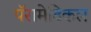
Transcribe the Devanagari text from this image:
पॅरामेडिकल